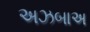
અઝબાઅ